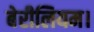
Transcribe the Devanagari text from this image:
बेरीलियम।